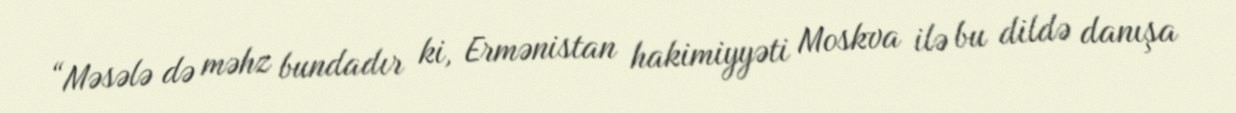
“Məsələ də məhz bundadır ki, Ermənistan hakimiyyəti Moskva ilə bu dildə danışa